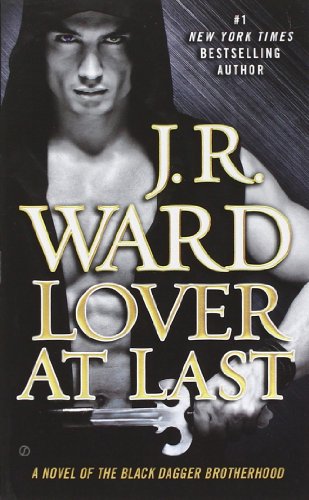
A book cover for Lover At Last (Black Dagger Brotherhood); J. R. Ward; Romance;